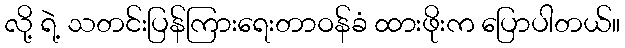
လို့ ရဲ့ သတင်းပြန်ကြားရေးတာဝန်ခံ ထားဖိုးက ပြောပါတယ်။